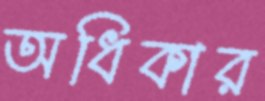
অধিকার